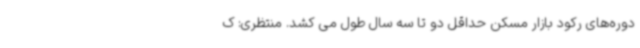
دوره‌های رکود بازار مسکن حداقل دو تا سه سال طول می کشد. منتظری: ک